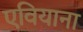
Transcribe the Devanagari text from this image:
एवियाना